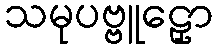
သမုပဗ္ဗူဠှော